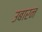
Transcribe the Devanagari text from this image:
उबारन